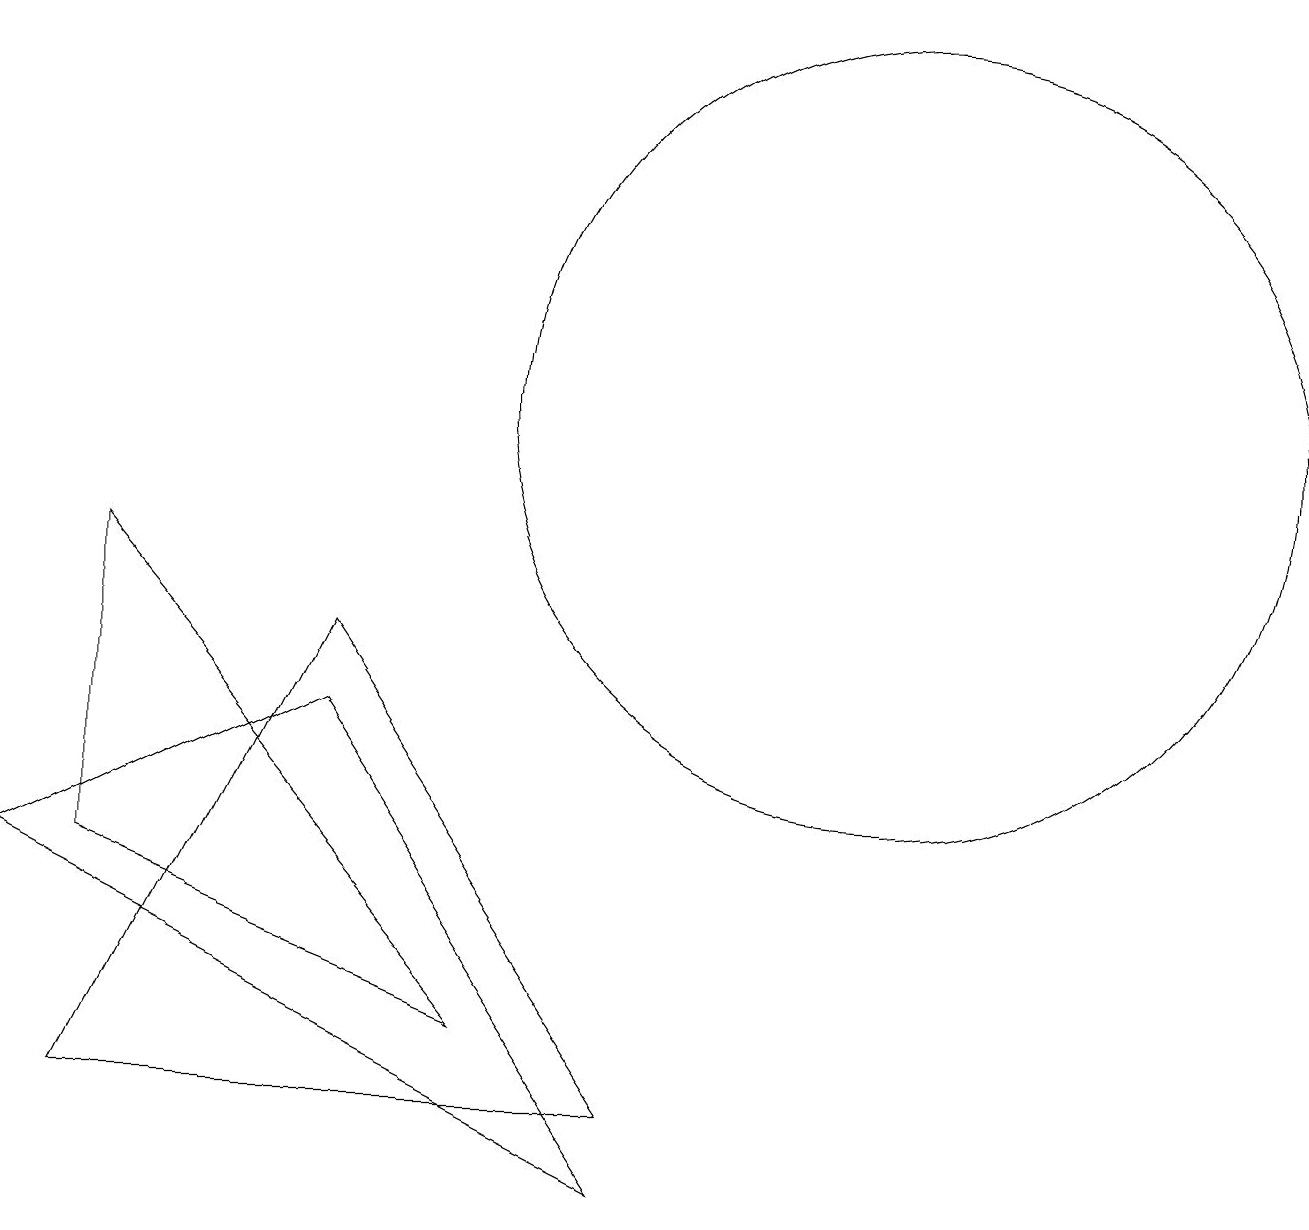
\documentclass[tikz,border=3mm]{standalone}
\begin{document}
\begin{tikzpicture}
\draw (1,2) -- (4,8) -- (8,2) -- cycle;
\draw (11,11) circle (5);
\draw (1,5) -- (6,3) -- (1,9) -- cycle;
\draw (8,1) -- (4,7) -- (0,5) -- cycle;
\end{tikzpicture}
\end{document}